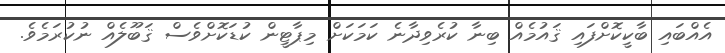
އެއްބައި ބާކީކޮށްފައި ޤައުމެއް ބިނާ ކުރެވިދާނެ ކަމަކަށް މިޕާޓީން ކުޑަކޮށްވެސް ޤަބޫލެއް ނުކުރަމެވެ.